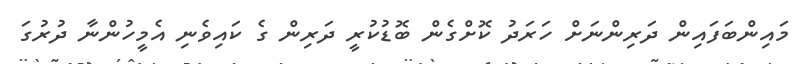
މައިންބަފައިން ދަރިންނަށް ހަރަދު ކޮށްގެން ބޮޑުކުރީ ދަރިން ގެ ކައިވެނި އެމީހުންނާ ދުރުގަ